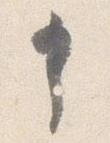
申